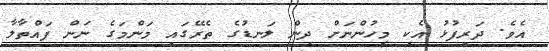
އެވެ. ދަރިފުޅު އެކި މީހުންނަށް ދިން ލަނޑުގެ ތެރޭގައި މަންމަގެ ނަން ފައްތާލާ